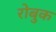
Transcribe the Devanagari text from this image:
रोबुक